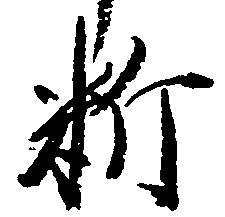
料